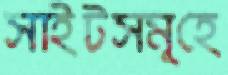
সাইটসমূহে